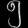
Digit: ၅